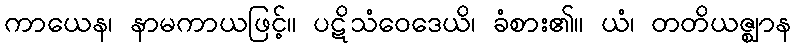
ကာယေန၊ နာမကာယဖြင့်။ ပဋိသံဝေဒေယိ၊ ခံစား၏။ ယံ၊ တတိယဇ္ဈာန